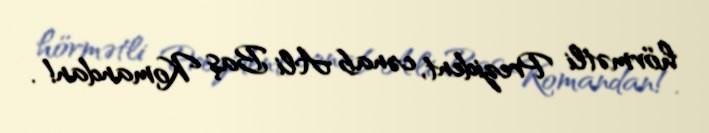
hörmətli Prezident, cənab Ali Baş Komandan!.